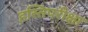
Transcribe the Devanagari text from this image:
हस्तिपरीक्षा